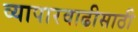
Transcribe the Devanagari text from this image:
व्यापारवाढीसाठी